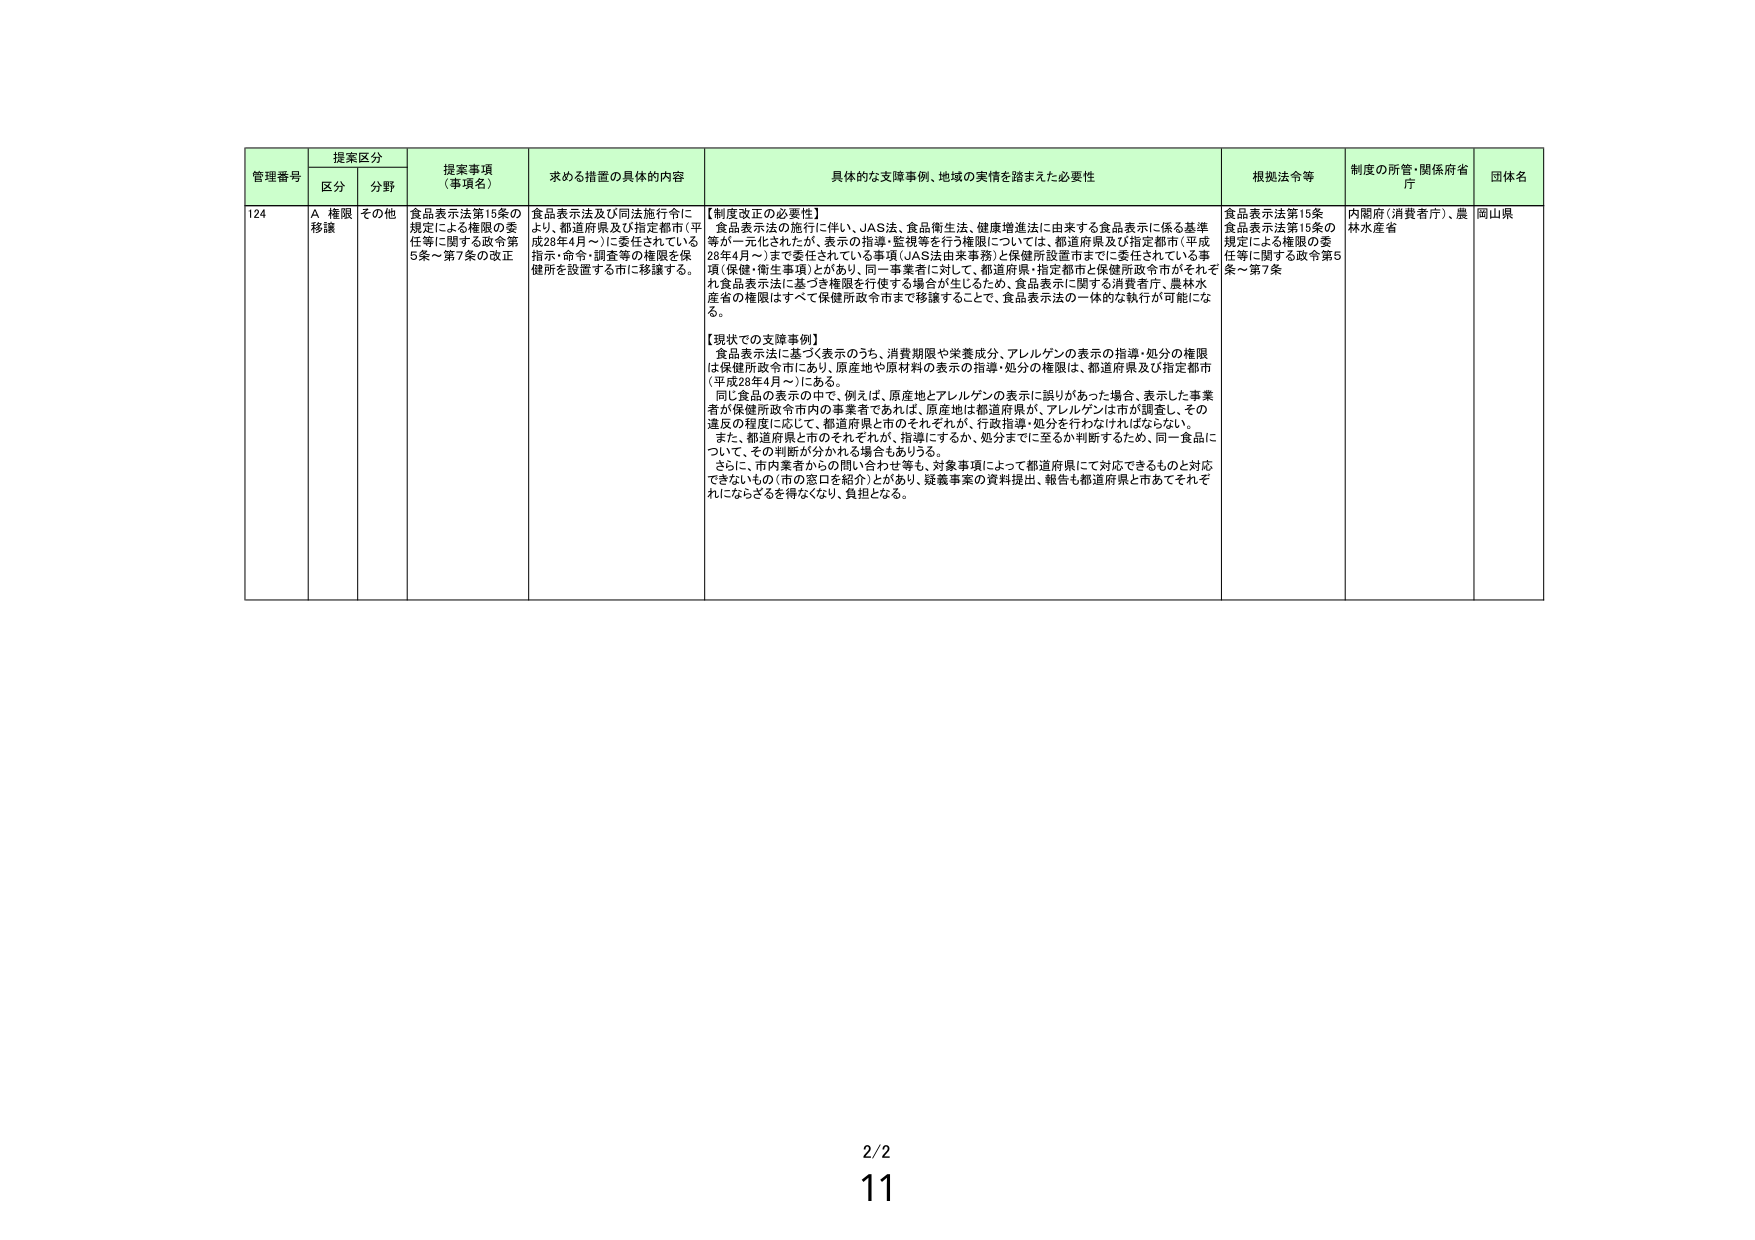
管理番号 提案区分 提案事項（事項名） 求める措置の具体的内容 具体的な支障事例、地域の実情を踏まえた必要性 根拠法令等 制度の所管・関係府省庁 団体名
区分 分野
124 A 権限移譲 その他 食品表示法第15条の規定による権限の委任に関する政令第5条～第7条の改正 食品表示法及び同法施行令により、都道府県及び指定都市（平成28年4月～）に委任されている指示・命令・調査等の権限を保健所を設置する市に移譲する。 【制度改正の必要性】 食品表示法の施行に伴い、JAS法、食品衛生法、健康増進法に由来する食品表示に係る基準等が一元化されたが、表示の指導・監視等を行う権限については、都道府県及び指定都市（平成28年4月～）まで委任されている事務（JAS法由来事務）と保健所設置市までに委任されている事項（保健・衛生事項）とがあり、同一事業者に対して、都道府県・指定都市と保健所政令市がそれぞれ食品表示法に基づき権限を行使する場合が生じるため、食品表示に関する消費者庁、農林水産省の権限はすべて保健所政令市まで移譲することで、食品表示法の一体的な執行が可能になる。 【現状での支障事例】 食品表示法に基づく表示のうち、消費期限や栄養成分、アレルゲンの表示の指導・処分の権限は保健所政令市にあり、原産地や原材料の表示の指導・処分の権限は、都道府県及び指定都市（平成28年4月～）にある。 同じ食品の表示の中で、例えば、原産地とアレルゲンの表示に誤りがあった場合、表示した事業者が保健所政令市内の事業者であれば、原産地は都道府県が、アレルゲンは市が調査し、その違反の程度に応じて、都道府県と市がそれぞれが、行政指導・処分を行わなければならない。 また、都道府県と市がそれぞれが、指導にするか、処分までに至るか判断するため、同一食品について、その判断が分かれる場合もありうる。 さらに、市内業者からの問い合わせ等も、対象事項によって都道府県にて対応できるものと対応できないもの（市の窓口を紹介）とがあり、疑義事案の資料提出、報告も都道府県と市あてそれぞれにならざるを得なくなり、負担となる。 食品表示法第15条 食品表示法第15条の規定による権限の委任等に関する政令第5条～第7条 内閣府（消費者庁）、農林水産省 岡山県
2/2
11